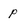
Character: p